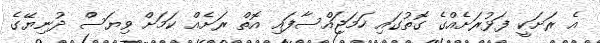
އެ ރަށަކީ ފަޅުރަށެއްގެ ގޮތުގައި ހަމަޖައްސާފައި އޮތް ރަށެއް ކަމަށް ވިޔަސް ދުނިޔޭގެ